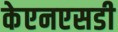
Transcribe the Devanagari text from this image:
केएनएसडी